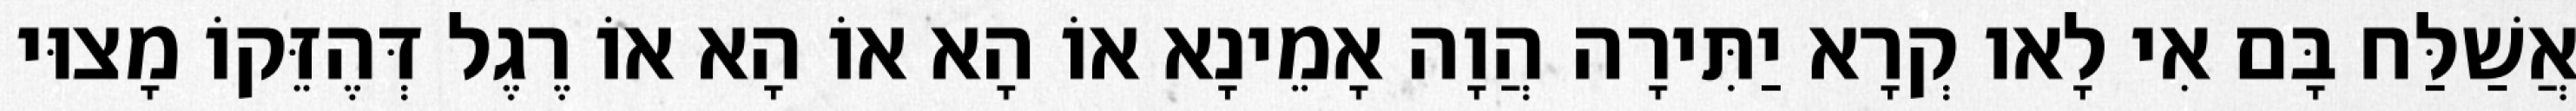
אֲשַׁלַּח בָּם אִי לָאו קְרָא יַתִּירָה הֲוָה אָמֵינָא אוֹ הָא אוֹ הָא אוֹ רֶגֶל דְּהֶזֵּקוֹ מָצוּי